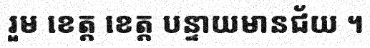
រួម ខេត្ត ខេត្ត បន្ទាយមានជ័យ ។